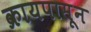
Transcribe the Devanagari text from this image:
क्रायपासून